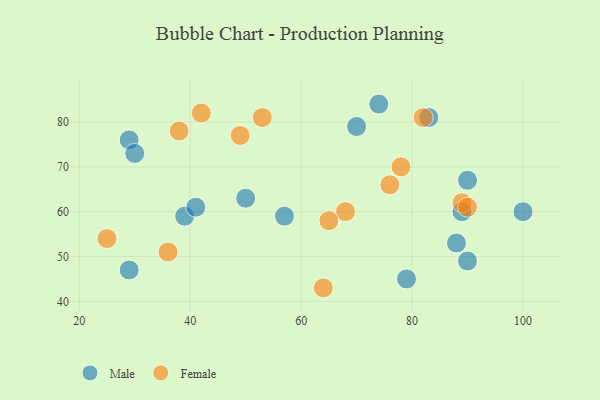
{"axis": {"x": "GDP", "y": "Life Expectancy"}, "legend": ["Female", "Male"], "data": [{"x": "50", "y": 63, "type": "Male"}, {"x": "90", "y": 67, "type": "Male"}, {"x": "29", "y": 76, "type": "Male"}, {"x": "100", "y": 60, "type": "Male"}, {"x": "89", "y": 60, "type": "Male"}, {"x": "39", "y": 59, "type": "Male"}, {"x": "74", "y": 84, "type": "Male"}, {"x": "88", "y": 53, "type": "Male"}, {"x": "41", "y": 61, "type": "Male"}, {"x": "79", "y": 45, "type": "Male"}, {"x": "57", "y": 59, "type": "Male"}, {"x": "70", "y": 79, "type": "Male"}, {"x": "29", "y": 47, "type": "Male"}, {"x": "83", "y": 81, "type": "Male"}, {"x": "30", "y": 73, "type": "Male"}, {"x": "90", "y": 49, "type": "Male"}, {"x": "64", "y": 43, "type": "Female"}, {"x": "68", "y": 60, "type": "Female"}, {"x": "89", "y": 62, "type": "Female"}, {"x": "36", "y": 51, "type": "Female"}, {"x": "25", "y": 54, "type": "Female"}, {"x": "90", "y": 61, "type": "Female"}, {"x": "53", "y": 81, "type": "Female"}, {"x": "42", "y": 82, "type": "Female"}, {"x": "65", "y": 58, "type": "Female"}, {"x": "38", "y": 78, "type": "Female"}, {"x": "78", "y": 70, "type": "Female"}, {"x": "76", "y": 66, "type": "Female"}, {"x": "49", "y": 77, "type": "Female"}, {"x": "82", "y": 81, "type": "Female"}]}